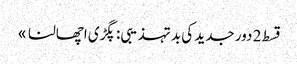
قسط 2	دور جدید کی بد تہذیبی: پگڑی اچھالنا »